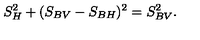
S _ { H } ^ { 2 } + ( S _ { B V } - S _ { B H } ) ^ { 2 } = S _ { B V } ^ { 2 } .